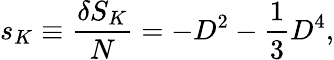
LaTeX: \begin{array}{l}{\displaystyle{s_{K}\equiv\frac{\delta S_{K}}{N}=-D^{2}-\frac{1}{3}D^{4},}}\end{array}